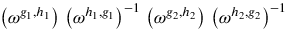
\left( \omega ^ { g _ { 1 } , h _ { 1 } } \right) \, \left( \omega ^ { h _ { 1 } , g _ { 1 } } \right) ^ { - 1 } \, \left( \omega ^ { g _ { 2 } , h _ { 2 } } \right) \, \left( \omega ^ { h _ { 2 } , g _ { 2 } } \right) ^ { - 1 }